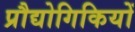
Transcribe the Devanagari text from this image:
प्रौद्योगिकियों